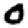
Digit: 0